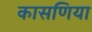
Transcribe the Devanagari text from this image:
कासणिया